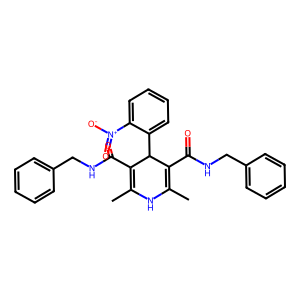
SMILES: CC1=C(C(=O)NCc2ccccc2)C(c2ccccc2[N+](=O)[O-])C(C(=O)NCc2ccccc2)=C(C)N1
Inhibits HIV replication: No